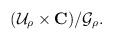
LaTeX: \begin{align*}({\cal U}_{\rho} \times {\bf C})/{\cal G}_{\rho}.\end{align*}